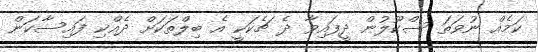
ކަމެއް ނުވަތަ ސްކޫލުން ދީފައިވާ ދެ ޗެކަކީ އެ ބިލްތަކަށް ދެއްކި ފައިސާކަން